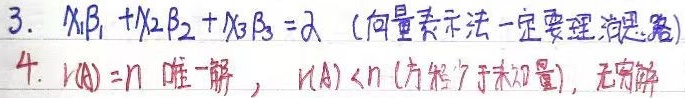
3. $x_1\beta_1 + x_2\beta_2 + x_3\beta_3=\alpha$ （向量表示法一定要理清思路）
4. $r(A)=n$ 有唯一解，$r(A)<n$ （方程少于未知量），有无穷解 。